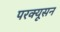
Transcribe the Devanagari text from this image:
परक्यूसन